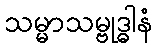
သမ္မာသမ္ဗုဒ္ဓါနံ